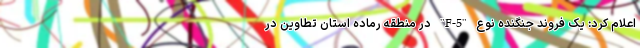
اعلام کرد: یک فروند جنگنده نوع "F-5" در منطقه رماده استان تطاوین در